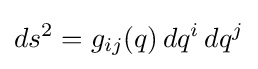
ds^{2}=g_{ij}(q)\,dq^{i}\,dq^{j}